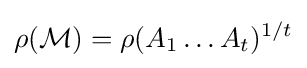
\rho ({\mathcal {M}})=\rho (A_{1}\dots A_{t})^{1/t}